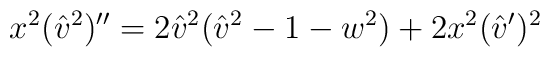
x^2 ({\hat v ^2}) '' = 2 {\hat v} ^2 ({\hat v} ^2 -1 -w^2)+ 2 x^2 ({\hat v}') ^2